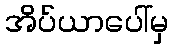
အိပ်ယာပေါ်မှ